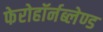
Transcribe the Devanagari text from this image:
फेरोहॉर्नब्लेण्ड